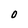
Character: O